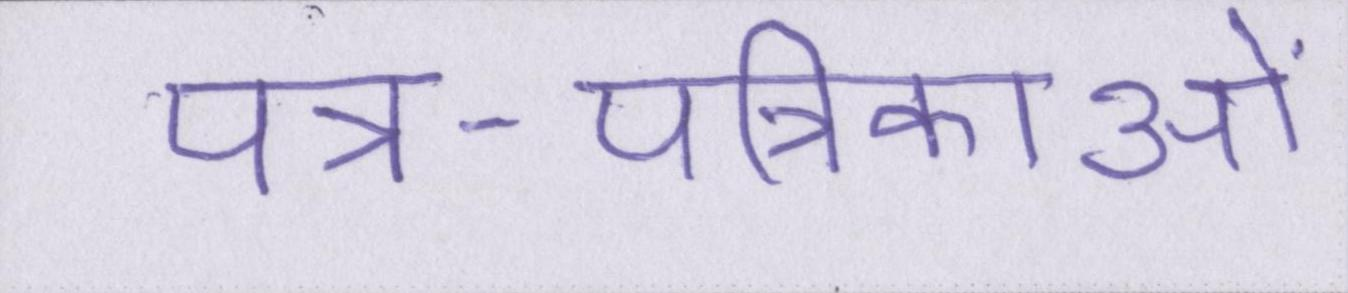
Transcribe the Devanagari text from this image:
पत्र-पत्रिकाओं